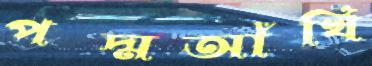
পদ্মআঁখি